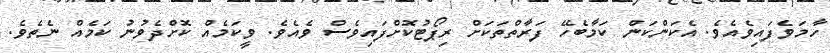
ހާމަވެފައިވެއެވެ. އެކަންކަން ކަމާބެހޭ ފަރާތްތަކަށް ރިޕޯޓުކޮށްފައިވެސް ވެއެވެ. ވީކަމެއް ކޮށްދެވުނު ކަމެއް ނެތެވެ.